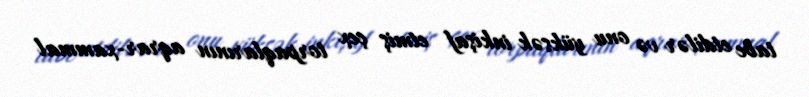
tabe etdilər və onu yüksək inkişaf etmiş çex torpaqlarının aqrar-xammal